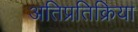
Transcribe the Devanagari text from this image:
अतिप्रतिक्रिया